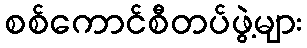
စစ်ကောင်စီတပ်ဖွဲ့များ